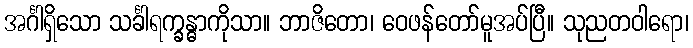
အင်္ဂါရှိသော သင်္ခါရက္ခန္ဓာကိုသာ။ ဘာဇိတော၊ ဝေဖန်တော်မူအပ်ပြီ။ သုညတဝါရော၊